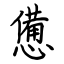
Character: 憊